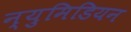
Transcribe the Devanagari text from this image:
न्युमिडियन